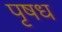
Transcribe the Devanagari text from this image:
पृषध